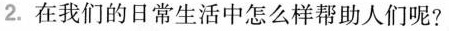
2.在我们的日常生活中怎么样帮助人们呢?